Report of the Indian Hemp Drugs Commission, 1894-1895 - Volume V
Year: 1894
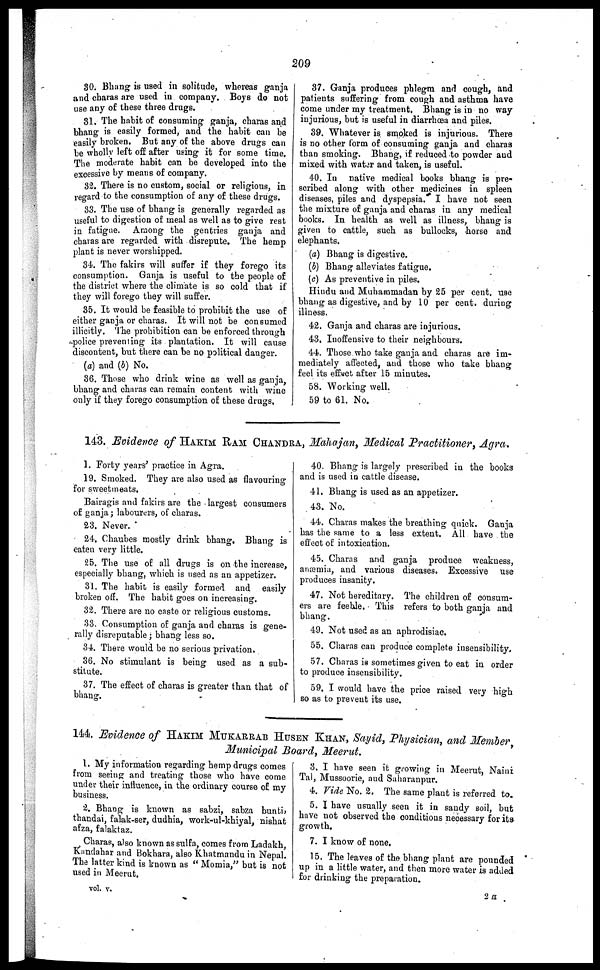
209
80. Bhang is used in solitude, whereas ganja
and charas are used in company. Boys do not
use any of these three drugs.
81. The habit of consuming ganja, charas and
bhang is easily formed, and the habit can be
easily broken. But any of the above drugs can
be wholly left off after using it for some time.
The moderate habit can be developed into the
excessive by means of company.
32. There is no custom, social or religious, in
regard to the consumption of any of these drugs.
33. The use of bhang is generally regarded as
useful to digestion of meal as well as to give rest
in fatigue. Among the gentries ganja and
charas are regarded with disrepute. The hemp
plant is never worshipped.
34. The fakirs will suffer if they forego its
consumption. Ganja is useful to the people of
the district where the climate is so cold that if
they will forego they will suffer.
35. It would be feasible to prohibit the use of
either ganja or charas. It will not be consumed
illicitly. The prohibition can be enforced through
police preventing its plantation. It will cause
discontent, but there can be no political danger.
(a) and (b) No.
36. Those who drink wine as well as ganja,
bhang and charas can remain content with wine
only if they forego consumption of these drugs,
37. Ganja produces phlegm and cough, and
patients suffering from cough and asthma have
come under my treatment. Bhang is in no way
injurious, but is useful in diarrhœa and piles.
39. Whatever is smoked is injurious. There
is no other form of consuming ganja and charas
than smoking. Bhang, if reduced to powder and
mixed with water and taken, is useful.
40. In native medical books bhang is pre-
scribed along with other medicines in spleen
diseases, piles and dyspepsia. I have not seen
the mixture of ganja and charas in any medical
books. In health as well as illness, bhang is
given to cattle, such as bullocks, horse and
elephants.
(a) Bhang is digestive.
(b) Bhang alleviates fatigue.
(c) As preventive in piles.
Hindu and Muhammadan by 25 per cent. use
bhang as digestive, and by 10 per cent. during
illness.
42. Ganja and charas are injurious.
43. Inoffensive to their neighbours.
44. Those who take ganja and charas are im-
mediately affected, and those who take bhang
feel its effect after 15 minutes.
58. Working well.
59 to 61. No.
143. Evidence of HAKIM RAM CHANDRA, Mahajan, Medical Practitioner, Agra.
1. Forty years' practice in Agra.
19. Smoked. They are also used as flavouring
for sweetmeats.
Bairagis and fakirs are the largest consumers
of ganja ; labourers, of charas.
23. Never.
24. Chaubes mostly drink bhang. Bhang is
eaten very little.
25. The use of all drugs is on the increase,
especially bhang, which is used as an appetizer.
31. The habit is easily formed and easily
broken off. The habit goes on increasing.
32. There are no caste or religious customs.
33. Consumption of ganja and charas is gene-
rally disreputable ; bhang less so.
34. There would be no serious privation.
36. No stimulant is being used as a sub-
stitute.
37. The effect of charas is greater than that of
bhang.
40. Bhang is largely prescribed in the books
and is used in cattle disease.
41. Bhang is used as an appetizer.
43. No.
44. Charas makes the breathing quick. Ganja
has the same to a less extent. All have the
effect of intoxication.
45. Charas and ganja produce weakness,
anæmia, and various diseases. Excessive use
produces insanity.
47. Not hereditary. The children of consum-
ers are feeble. This refers to both ganja and
bhang.
49. Not used as an aphrodisiac.
55. Charas can produce complete insensibility.
57. Charas is sometimes given to eat in order
to produce insensibility.
59. I would have the price raised very high
so as to prevent its use.
144. Evidence of HAKIM MUKARRAB HUSEN KHAN, Sayid, Physician, and Member
Municipal Board, Meerut.
1. My information regarding hemp drugs comes
from seeing and treating those who have come
under their influence, in the ordinary course of my
business.
2. Bhang is known as sabzi, sabza bunti,
thandai, falak-ser, dudhia, work-ul-khiyal, nishat
afza, falaktaz.
Charas, also known as sulfa, comes from Ladakh,
Kandahar and Bokhara, also Khatmandu in Nepal.
The latter kind is known as "Momia," but is not
used in Meerut.
3. I have seen it growing in Meerut, Naini
Tal, Mussoorie, and Saharanpur.
4. Vide No. 2. The same plant is referred to.
5. I have usually seen it in sandy soil, but
have not observed the conditions necessary for its
growth.
7. I know of none,
15. The leaves of the bhang plant are pounded
up in a little water, and then more water is added
for drinking the preparation.
vol. v.
2 H